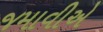
જમાવીએ